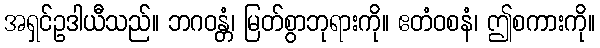
အရှင်ဥဒါယီသည်။ ဘဂဝန္တံ၊ မြတ်စွာဘုရားကို။ ဧတံဝစနံ၊ ဤစကားကို။